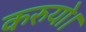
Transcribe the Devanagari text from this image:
करुयो।